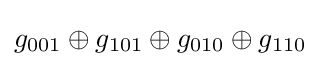
g_{001}\oplus g_{101}\oplus g_{010}\oplus g_{110}